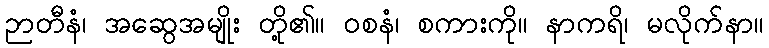
ဉာတီနံ၊ အဆွေအမျိုး တို့၏။ ဝစနံ၊ စကားကို။ နာကရိ၊ မလိုက်နာ။